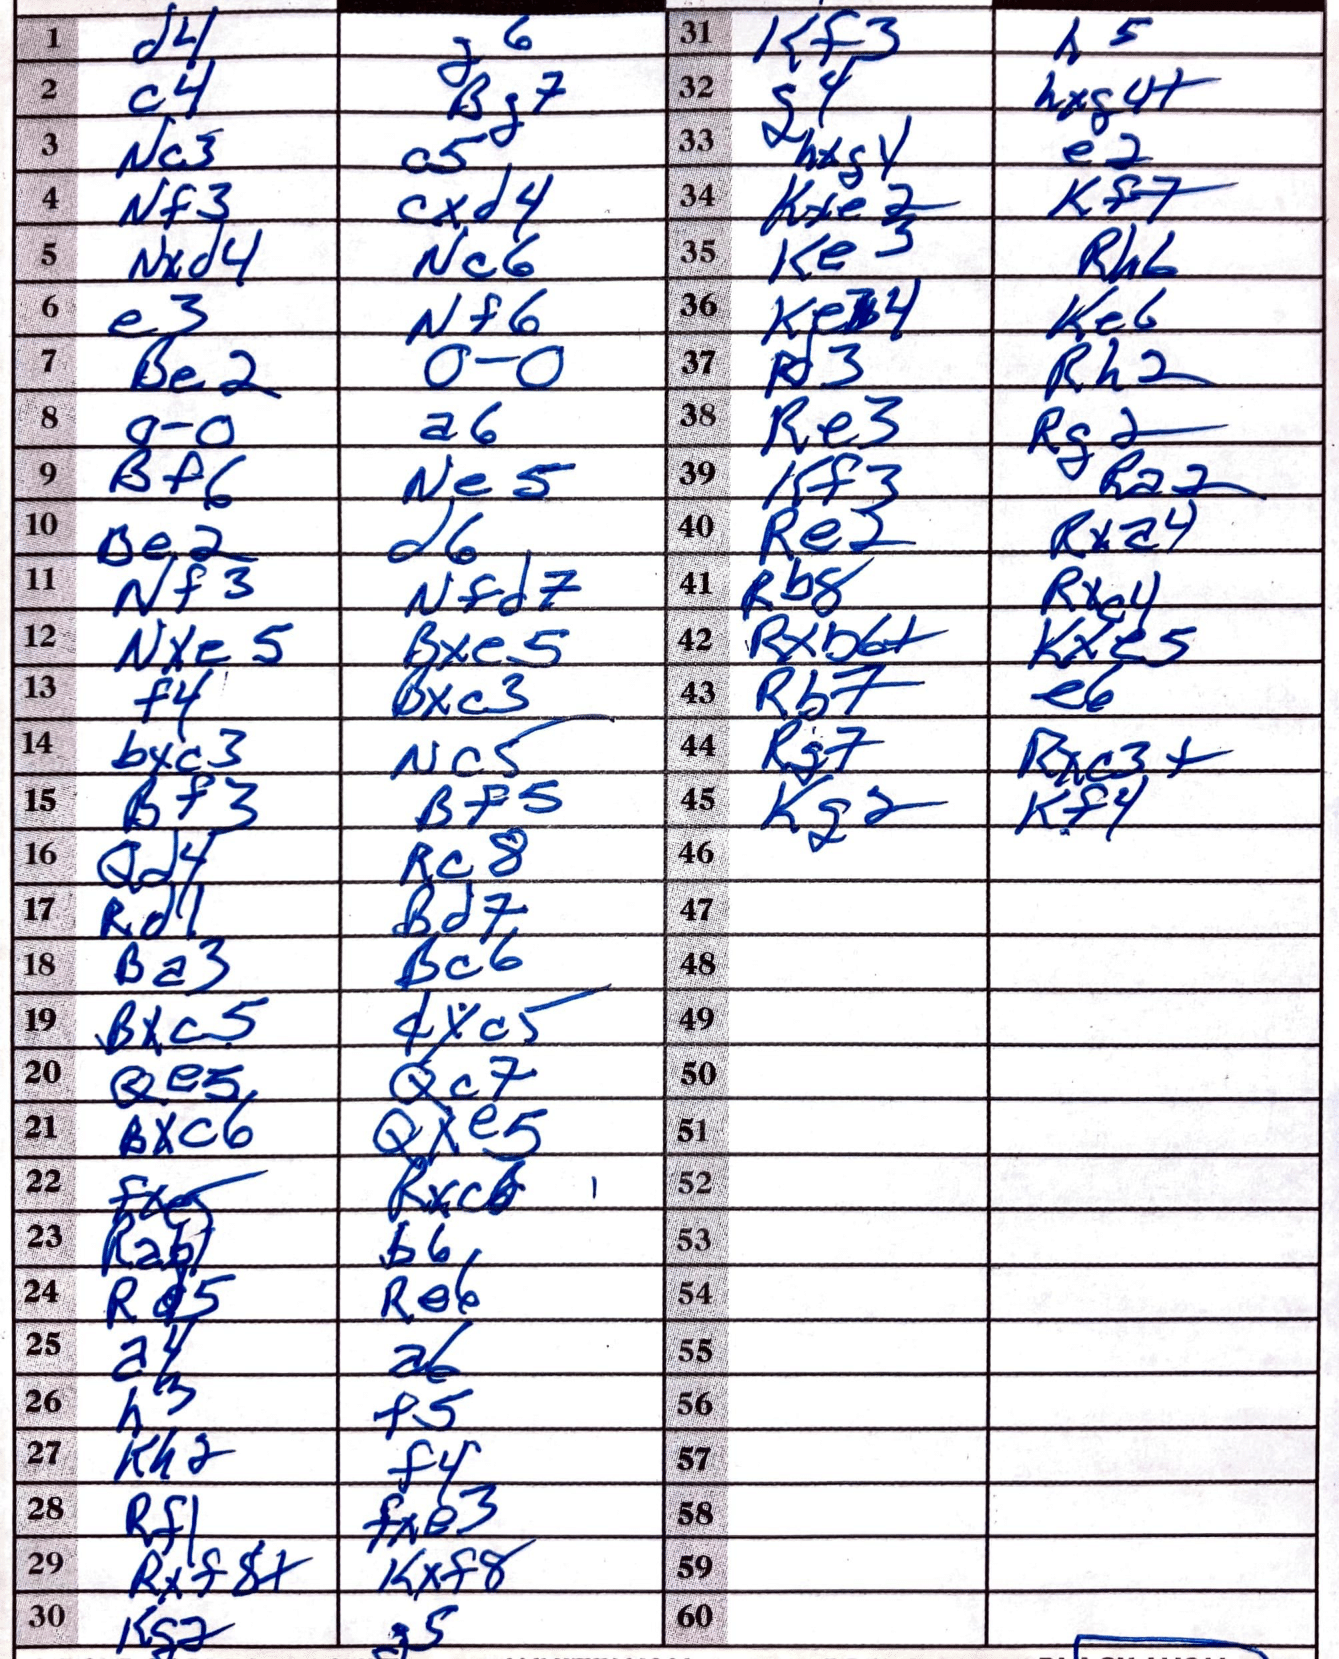
Moves: d4 g6 c4 Bg7 Nc3 c5 Nf3 cxd4 Nxd4 Nc6 e3 Nf6 Be2 O-O O-O a6 Bf6 Ne5 Be2 d6 Nf3 Nfd7 Nxe5 Bxe5 f4 Bxc3 bxc3 Nc5 Bf3 Bf5 Qd4 Rc8 Rd1 Bd7 Ba3 Bc6 Bxc5 dxc5 Qe5 Qc7 Bxc6 Qxe5 fxe5 Rxc6 Rab1 b6 Rd5 Re6 a4 a6 h3 f5 Kh2 f4 Rf1 fxe3 Rxf8+ Kxf8 Kg2 g5 Kf3 h5 g4 hxg4+ hxg4 e2 Kxe2 Kf7 Ke3 Rh6 Ke4 Ke6 Rd3 Rh2 Re3 Rg2 Kf3 Ra2 Re2 Rxa4 Rb8 Rxe4 Rxb6+ Kxe5 Rb7 e6 Rg7 Rxc3+ Kg2 Kf4